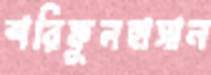
শরিফুলহাসান